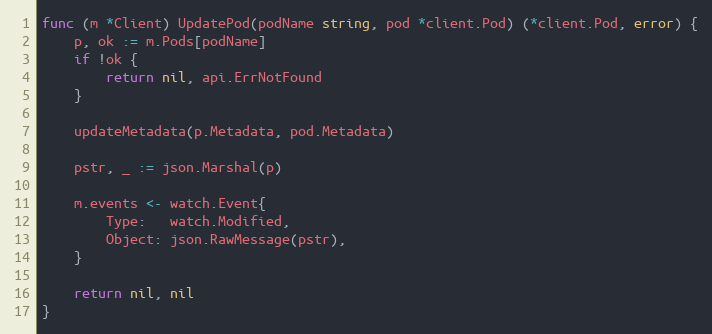
Language: Go
func (m *Client) UpdatePod(podName string, pod *client.Pod) (*client.Pod, error) {
	p, ok := m.Pods[podName]
	if !ok {
		return nil, api.ErrNotFound
	}

	updateMetadata(p.Metadata, pod.Metadata)

	pstr, _ := json.Marshal(p)

	m.events <- watch.Event{
		Type:   watch.Modified,
		Object: json.RawMessage(pstr),
	}

	return nil, nil
}